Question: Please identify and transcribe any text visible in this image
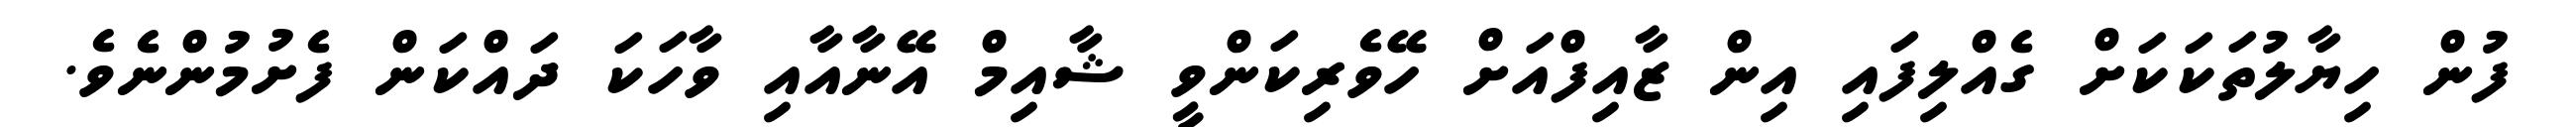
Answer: ފުން ހިޔާލުތަކަކަށް ގެއްލިފައި އިން ޒާއިފްއަށް ހޭވެރިކަންވީ ޝާއިމް އޭނާއާއި ވާހަކަ ދައްކަން ފެށުމުންނެވެ.